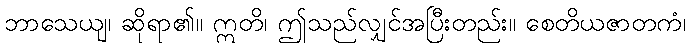
ဘာသေယျ၊ ဆိုရာ၏။ ဣတိ၊ ဤသည်လျှင်အပြီးတည်း။ စေတိယဇာတကံ၊